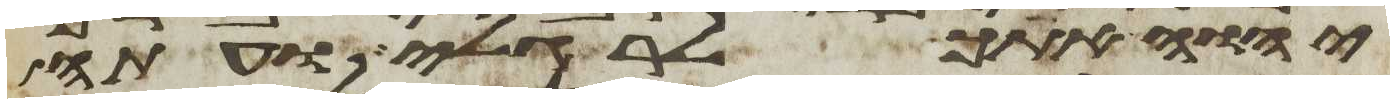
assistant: יהוה אתך לרגלי ועתה